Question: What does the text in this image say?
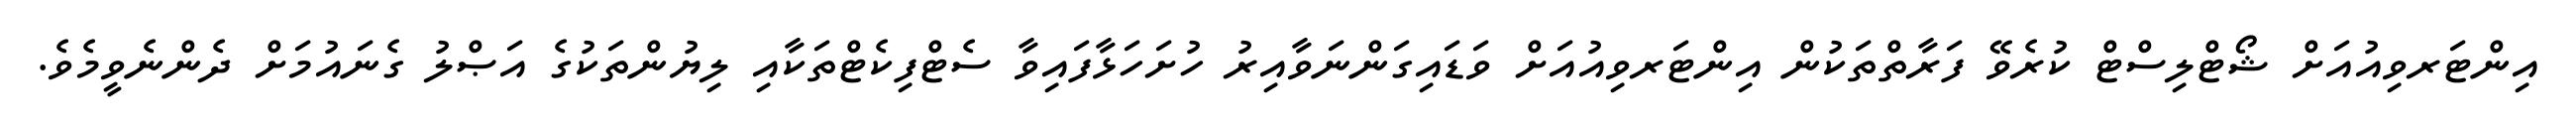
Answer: އިންޓަރވިއުއަށް ޝޯޓްލިސްޓް ކުރެވޭ ފަރާތްތަކުން އިންޓަރވިއުއަށް ވަޑައިގަންނަވާއިރު ހުށަހަޅާފައިވާ ސެޓްފިކެޓްތަކާއި ލިޔުންތަކުގެ އަޞްލު ގެނައުމަށް ދެންނެވީމެވެ.